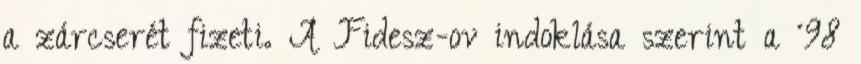
a zárcserét fizeti. A Fidesz-ov indoklása szerint a ´98